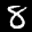
Label: 8